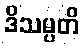
ဒိသမ္ပတိ